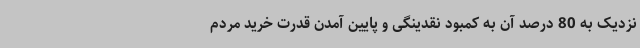
نزدیک به 80 درصد آن به کمبود نقدینگی و پایین آمدن قدرت خرید مردم